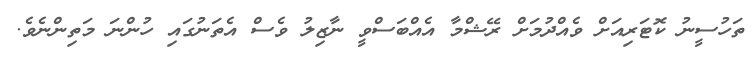
ތަހުސީނު ކޮޓަރިއަށް ވެއްދުމަށް ރޭޝްމާ އެއްބަސްވީ ނާޒިލު ވެސް އެތަނުގައި ހުންނަ މަތިންނެވެ.